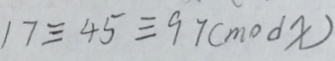
1 7 \equiv 4 5 \equiv 9 7 ( m o d x )